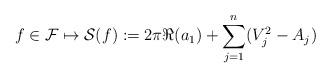
LaTeX: \begin{align*} f\in \mathcal{F} \mapsto \mathcal{S}(f) :=2\pi \Re(a_1)+ \sum_{j=1}^n (V_j^2-A_j) \end{align*}